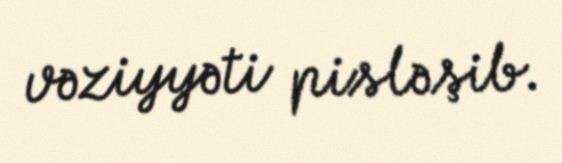
vəziyyəti pisləşib.